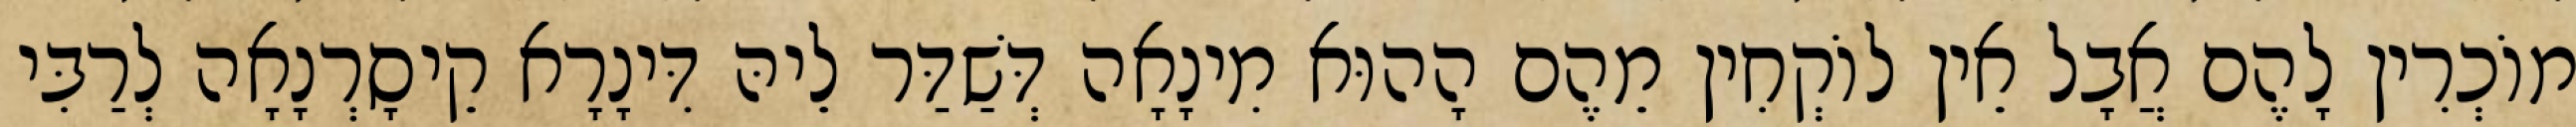
מוֹכְרִין לָהֶם אֲבָל אֵין לוֹקְחִין מֵהֶם הָהוּא מִינָאָה דְּשַׁדַּר לֵיהּ דִּינָרָא קֵיסָרְנָאָה לְרַבִּי